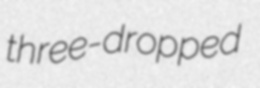
three-dropped